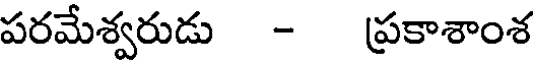
పరమేశ్వరుడు - ప్రకాశాంశ